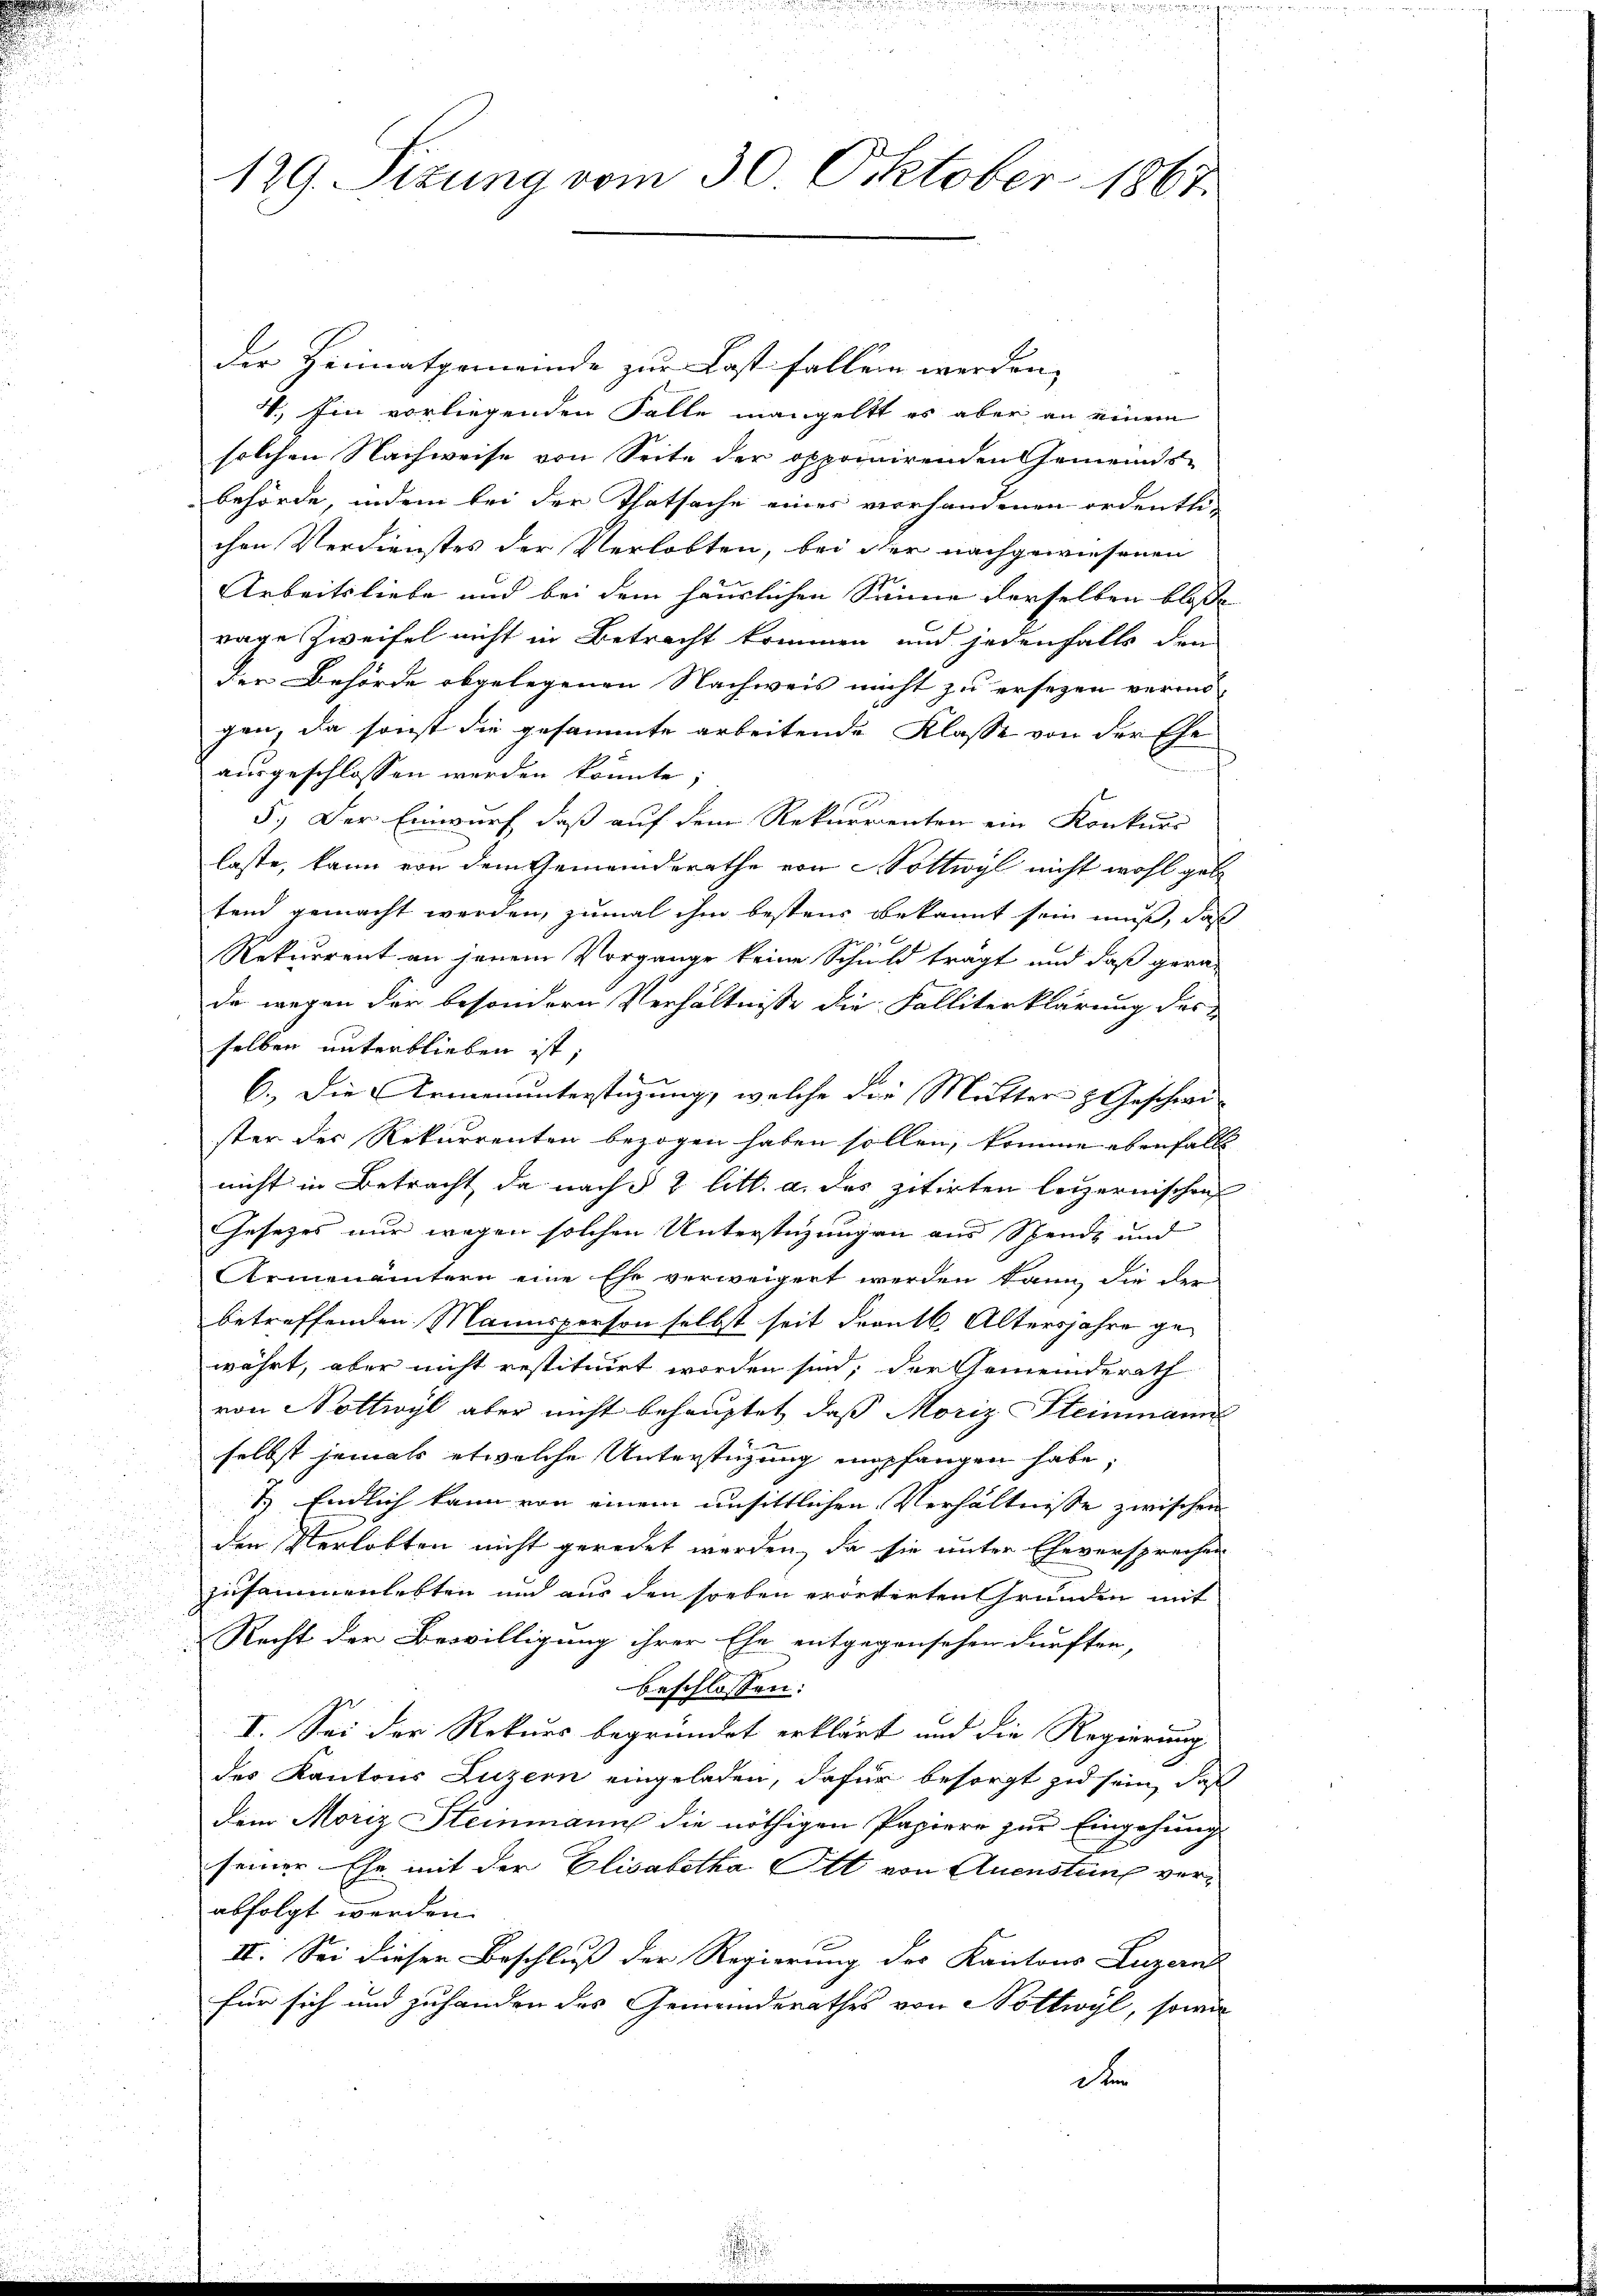
129. Sizung vom 30. Oktober 1867.

der Heimatgemeinde zur Last fallen werden,
V. Ein vorliegenden Falle mangeltt es aber an einem
solchen Nachweise von Seite der opponirenden Gemeinds-
behörde, indem bei der Thatsache eines verhandenen ordentlichen Verdienstes der Verlobten, bei der nachgewiesenen
Arbeitsliebe und bei dem häuslichen Sinne derselben bloße
rage Zweifel nicht in Betracht kommen und jedenfalls den
der Behörde abgelegenen Nachweis nicht zu ersezen vermögen, da sonst die gesammte arbeitende Klasse von der Ehe
ausgeschlossen werden könnte;
5.) Der Einwurf, daß auf dem Rekurrenten ein Konkurs
laste, kann von dem Gemeinderathe von Soltwyl nicht wohl geb
tend gemacht werden, zumal ihm bestens bekannt sein muß, daß
Rekurrent an jenem Vorgange keine Schuld trägt und daß gera-
da wegen der besondern Verhältnisse die Falliterklärung des
selben unterblieben ist;
6.) Die Armenunterstüzung, welche die Mutter & Geschwister des Rekurrenten bezogen haben sollen, komme ebenfalls
nicht in Betracht, da nach § 2 litt. a. das zitirten letzernischen
Gesetzes nur wegen solchen Unterstüzung an aus Spende und
Armenämtern eine Ehe verweigert werden kann, die der
betreffenden Mannsperson selbst seit Frankt. Altersjahre gewährt, aber nicht restituirt worden sind; der Gemeinderath
von Nottivyl aber nicht behauptet, daß Moriz Steinmann
selbst jemals etwelche Unterstigung empfangen habe,
1.) Endlich kann von einem unsittlichen Verhältnisse zwischen
den Verlobten nicht geredet werden, da sie unter Eheversprechen
zusammenlebten und aus den soeben erörterten Grunden mit
Recht der Bewilligung ihrer Ehe entgegenschen dürften,
beschlossen:
I. Sei der Rekurs begründet erklärt und die Regierung
des Kantons Luzern eingeladen, dafür besorgt zu sein, daß
dem Moriz Steinmann die nöthigen Papiere zur Eingehung
seiner Ehe mit der Elisabetha Ott von Quenstung verabfolgt werden.
II. Sei dieser Beschluß der Regierung des Kantons Luzern
für sich und zuhanden des Gemeinderathes von Nottwyl, sowie
d